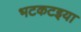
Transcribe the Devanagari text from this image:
भटकटइया